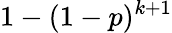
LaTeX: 1-(1-p)^{k+1}